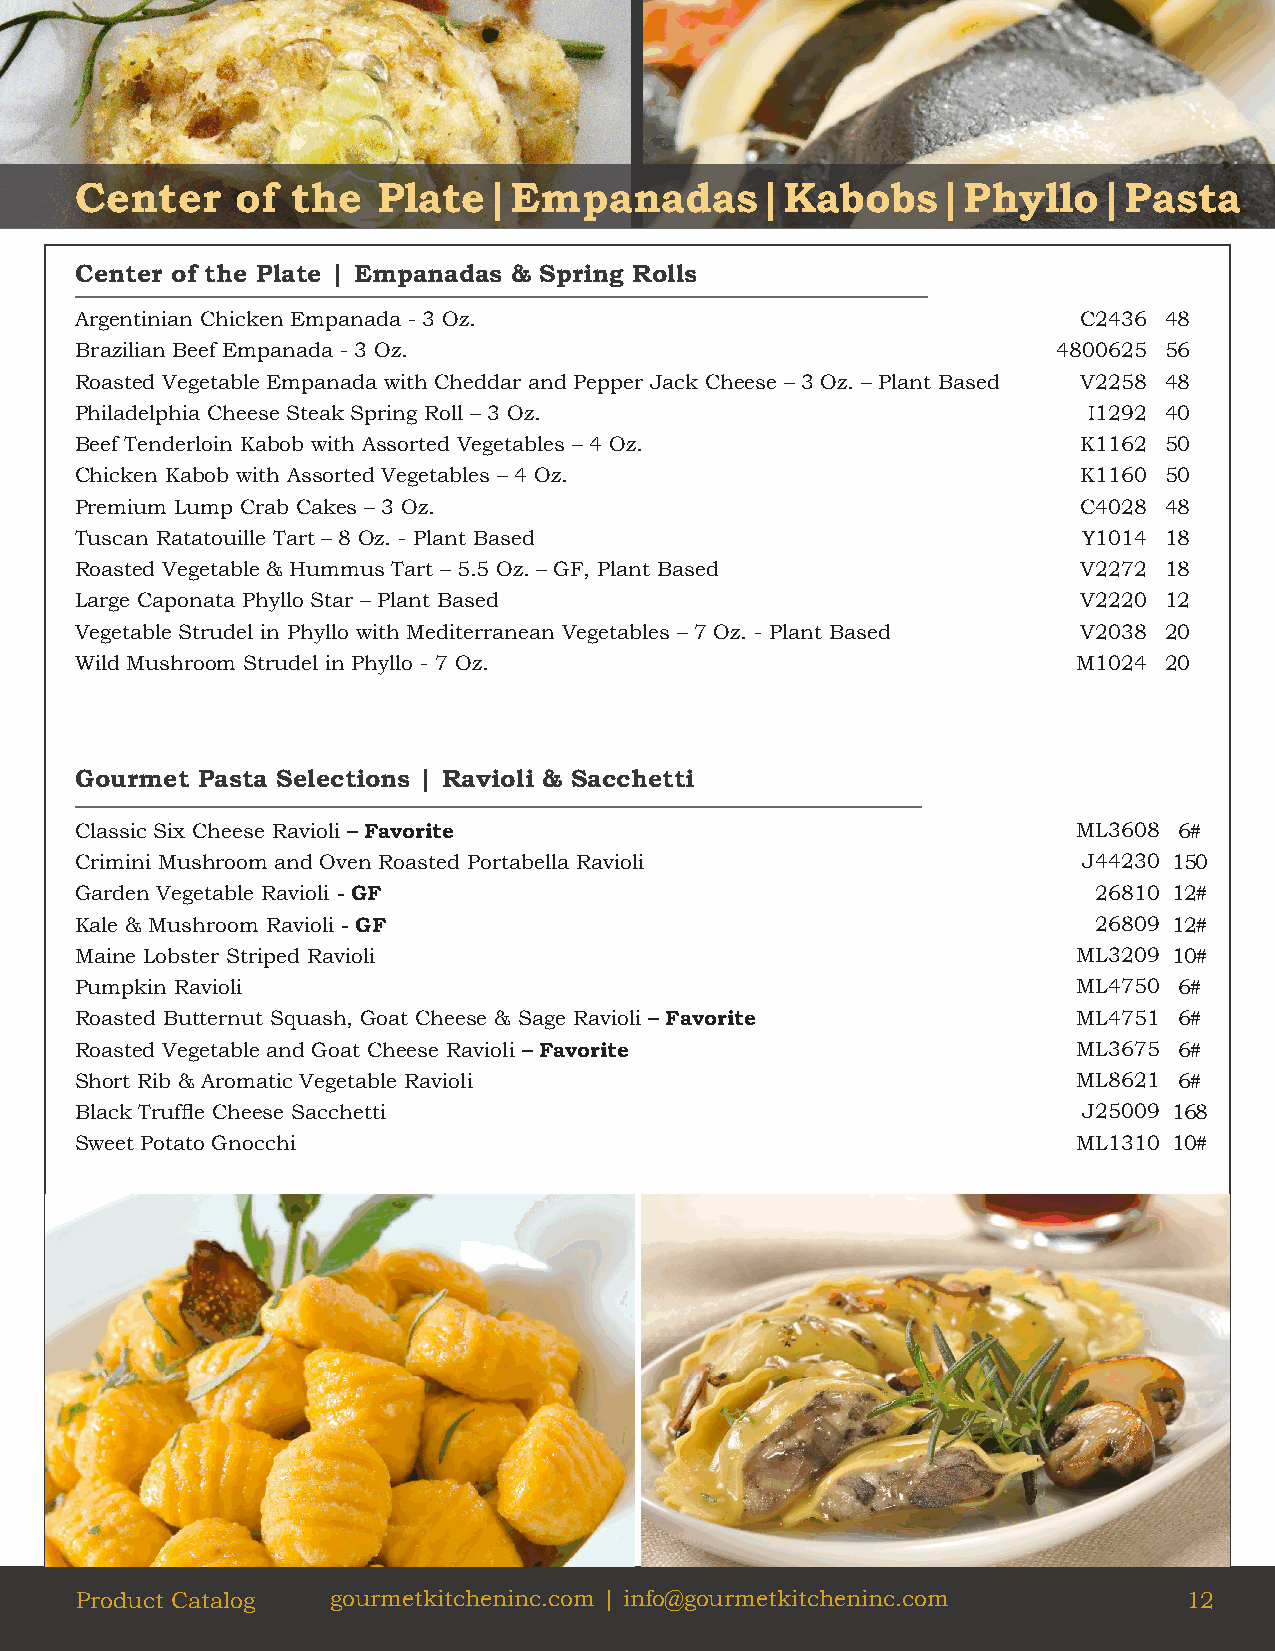
Center     of the   Plate|Empanadas|Kabobs|Phyllo|Pasta
 Center of the Plate | Empanadas & Spring Rolls
 Argentinian Chicken Empanada - 3 Oz.                              C2436 48
 Brazilian Beef Empanada - 3 Oz.                                  4800625 56
 Roasted Vegetable Empanada with Cheddar and Pepper Jack Cheese – 3 Oz. – Plant Based V2258 48
 Philadelphia Cheese Steak Spring Roll – 3 Oz.                      I1292 40
 Beef Tenderloin Kabob with Assorted Vegetables – 4 Oz.             K1162 50
 Chicken Kabob with Assorted Vegetables – 4 Oz.                     K1160 50
 Premium Lump Crab Cakes – 3 Oz.                                   C4028 48
 Tuscan Ratatouille Tart – 8 Oz. - Plant Based                      Y1014 18
 Roasted Vegetable & Hummus Tart – 5.5 Oz. – GF, Plant Based        V2272 18
 Large Caponata Phyllo Star – Plant Based                           V2220 12
 Vegetable Strudel in Phyllo with Mediterranean Vegetables – 7 Oz. - Plant Based V2038 20
 Wild Mushroom Strudel in Phyllo - 7 Oz.                           M1024 20
 Gourmet Pasta Selections | Ravioli & Sacchetti
 Classic Six Cheese Ravioli – Favorite                             ML3608 6#
 Crimini Mushroom and Oven Roasted Portabella Ravioli               J44230 150
 Garden Vegetable Ravioli - GF                                      26810 12#
 Kale & Mushroom Ravioli - GF                                       26809 12#
 Maine Lobster Striped Ravioli                                     ML3209 10#
 Pumpkin Ravioli                                                   ML4750 6#
 Roasted Butternut Squash, Goat Cheese & Sage Ravioli – Favorite   ML4751 6#
 Roasted Vegetable and Goat Cheese Ravioli – Favorite              ML3675 6#
 Short Rib & Aromatic Vegetable Ravioli                            ML8621 6#
 Black Truffle Cheese Sacchetti                                     J25009 168
 Sweet Potato Gnocchi                                              ML1310 10#
 Product Catalog  gourmetkitcheninc.com | info@gourmetkitcheninc.com       12